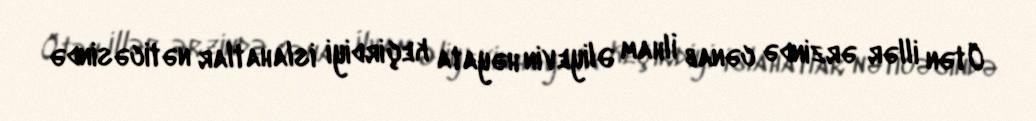
Ötən illər ərzində cənab İlham Əliyevin həyata keçirdiyi islahatlar nəticəsində